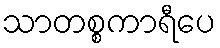
သာတစ္စကာရီပေ